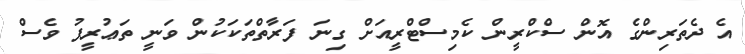
އެ ދެތަރިންގެ އޮން ސްކްރީން ކެމިސްޓްރީއަށް ގިނަ ފަރާތްތަކަކުން ވަނީ ތަޢުރީފު ވެސް